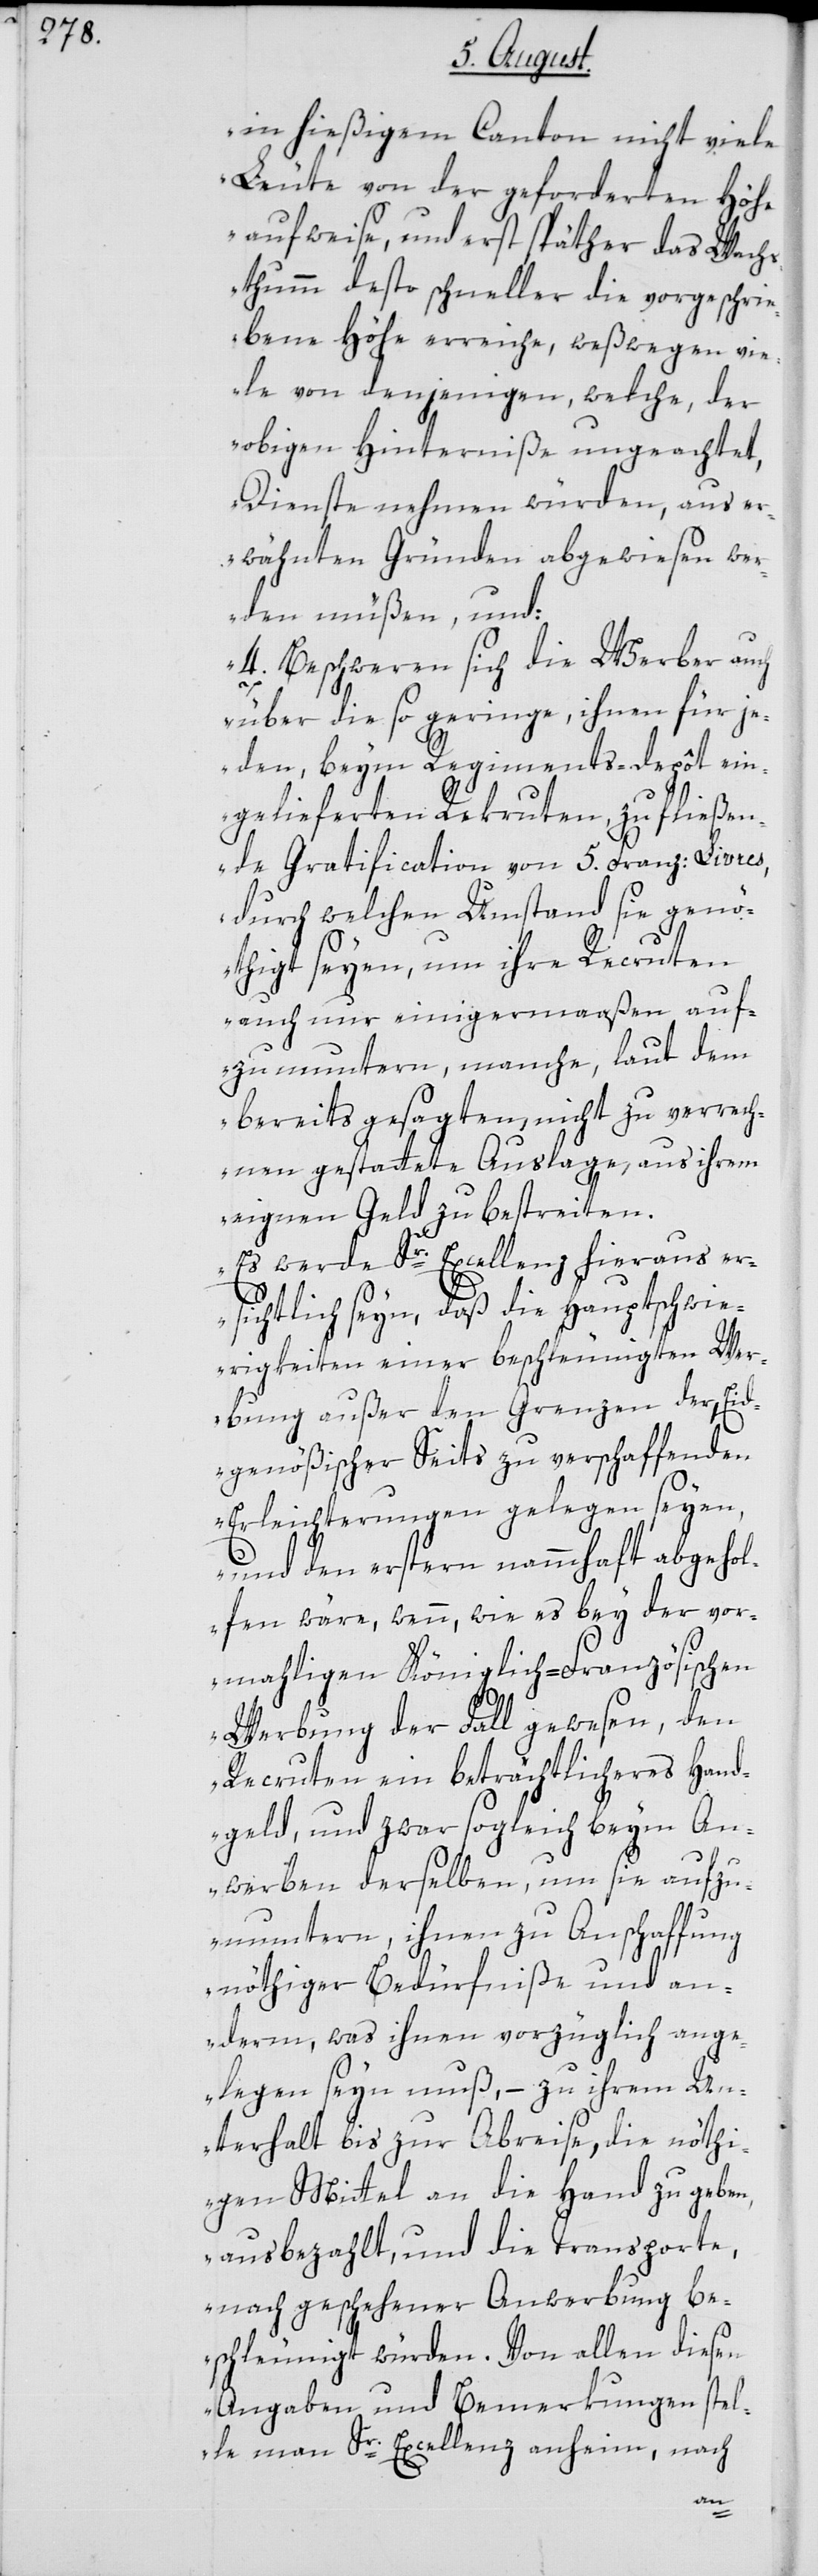
in hießigem Canton nicht viele
Leute von der geforderten Höh¬
e aufweise, und erst später das Wach¬
sthumm desto schneller die vorgeschrie¬
bene Höhe erreiche, weßwegen vie¬
le von denjenigen, welche, der
obigen Hinterniße ungeachtet,
Dienste nehmen würden, aus er¬
wähnten Gründen abgewiesen we¬
rden müßen, und:
4. Beschweren sich die Werber auch
über die so geringe, ihnen für je¬
den, beym Regiments-depôt ein¬
gelieferten Rekruten, zufließen¬
de Gratification von 5. Franz: Livres,
durch welchen Umstand sie genö¬
thigt seyen, um ihre Recruten
auch nur einigermaaßen auf¬
zumuntern, manche, laut dem
bereits gesagten, nicht zu verrech¬
nen gestattete Auslage, aus ihrem
eignen Geld zu bestreiten.
Es werde Sr. Excellenz hieraus er¬
sichtlich seyn, daß die Hauptschwie¬
rigkeiten einer beschleunigten Wer¬
bung außer den Grenzen der, Eid¬
genößischer Seits zu verschaffenden
Erleichterungen gelegen seyen,
und den erstern nammhaft abgehol¬
fen wäre, wenn, wie es bey der vor¬
mahligen Königlich-Französischen
Werbung der Fall gewesen, den
Recruten ein beträchtlicheres Hand¬
geld, und zwar sogleich beym An¬
werben derselben, um sie aufzu¬
muntern, ihnen zu Anschaffung
nöthiger Bedürfniße und an¬
derm, was ihnen vorzüglich ange¬
legen seyn muß, – zu ihrem Un¬
terhalt bis zur Abreise, die nöthi¬
gen Mittel an die Hand zu geben,
ausbezahlt, und die Transporte,
nach geschehener Anwerbung be¬
schleunigt würden. Von allen diesen
Angaben und Bemerkungen stel¬
le man Sr. Excellenz anheim, nach